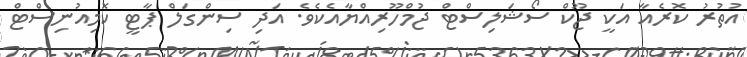
އުތުރު ކޮރެއާ އަކީ ޖޫކް ސޯޝަލިސްޓް ޖުމްހޫރިއްޔާއެކެވެ. އަދި ސިންގަލް ޕާޓީ ކޮމިއުނިސްޓް